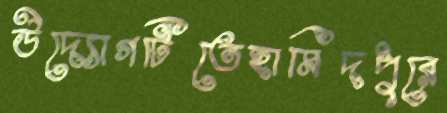
উদ্যোগটিতেহামিদপুরে